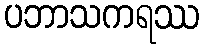
ပဘာသကရဿ